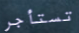
تستأجر